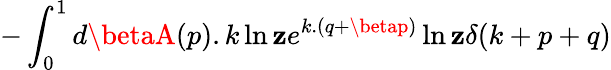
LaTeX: -\int_{0}^{1}d\betaA(p).k\ln\mathbf{z}e^{k.(q+\betap)}\ln\mathbf{z}\delta(k+p+q)